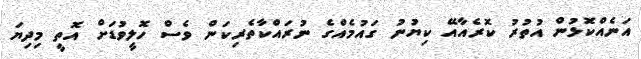
އަނެއްކޮޅުން އުތުރު ކޮރެއާއޭ ކިޔުނު ގައުމެއްގެ ނުރައްކާތެރިކަން ވެސް ހޮލީވުޑަށް އޮތީ މިދިޔަ